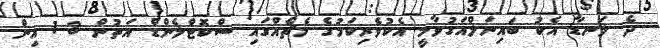
ދެ ލަނޑާ އެކު ބައިނަލްއަގުވާމީ އެކުވެރިކަމުގެ މެޗެއްގައި ސްކޮޓްލެންޑް އަތުން 3-1 އިން